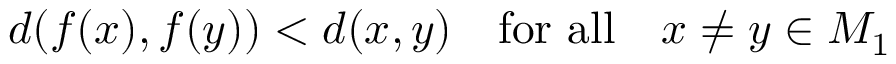
d ( f ( x ) , f ( y ) ) < d ( x , y ) \quad { \mathrm { f o r ~ a l l } } \quad x \neq y \in M _ { 1 }